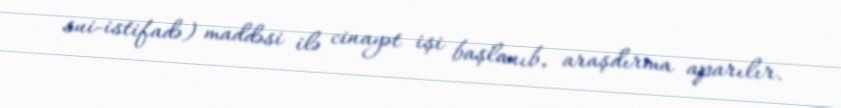
sui-istifadə) maddəsi ilə cinayət işi başlanıb, araşdırma aparılır.